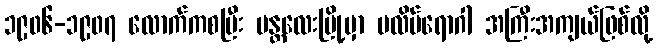
၁၉၀၆-၁၉၀၇ လောက်ကစပြီး မန္တလေးမြို့မှာ ပလိပ်ရောဂါ အကြီးအကျယ်ဖြစ်လို့